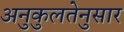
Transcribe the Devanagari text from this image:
अनुकुलतेनुसार